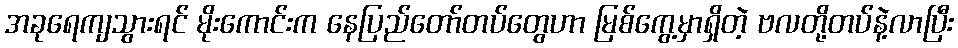
အခုရေကျသွားရင် မိုးကောင်းက နေပြည်တော်တပ်တွေဟာ မြစ်ကွေ့မှာရှိတဲ့ ဗလတို့တပ်နဲ့လာပြီး